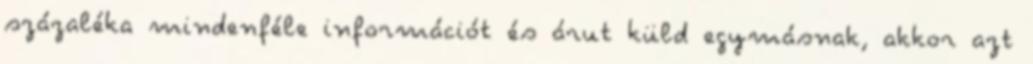
százaléka mindenféle információt és árut küld egymásnak, akkor azt